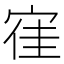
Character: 𡨱